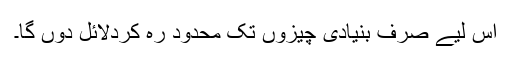
اس لیے صرف بنیادی چیزوں تک محدود رہ کردلائل دوں گا۔